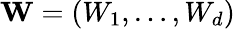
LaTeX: \mathbf{W}=(W_{1},\dots,W_{d})